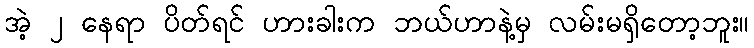
အဲ့ ၂ နေရာ ပိတ်ရင် ဟားခါးက ဘယ်ဟာနဲ့မှ လမ်းမရှိတော့ဘူး။